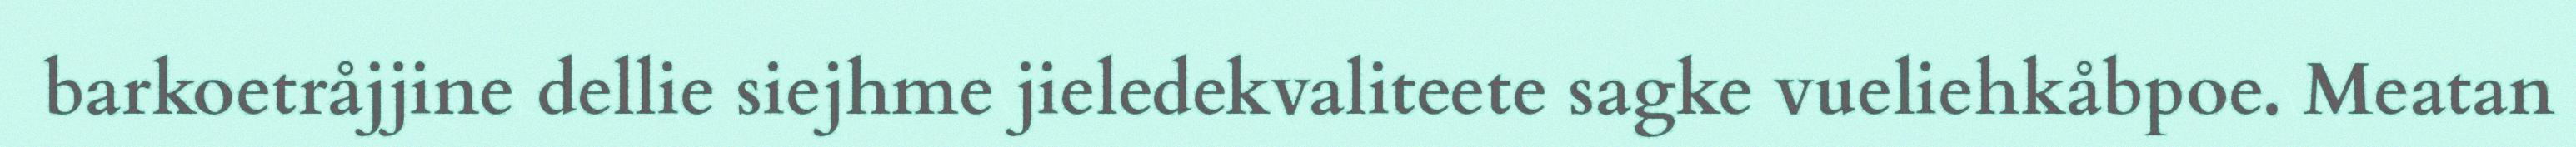
barkoetråjjine dellie siejhme jieledekvaliteete sagke vueliehkåbpoe. Meatan